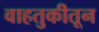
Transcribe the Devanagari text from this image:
वाहतुकीतून